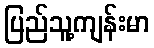
ပြည်သူ့ကျန်းမာ